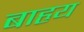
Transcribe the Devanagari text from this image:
बाहृय